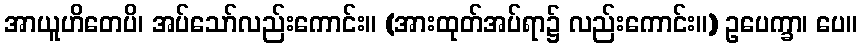
အာယူဟိတေပိ၊ အပ်သော်လည်းကောင်း။ (အားထုတ်အပ်ရာ၌ လည်းကောင်း။) ဥပေက္ခာ၊ ပေ။